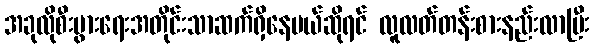
အခုလိုစီးပွားရေးအတိုင်းသာဆက်ရှိနေမယ်ဆိုရင် လူလတ်တန်းစားနည်းလာပြီး